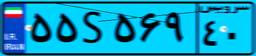
۵۵S۵۶۹۴۰